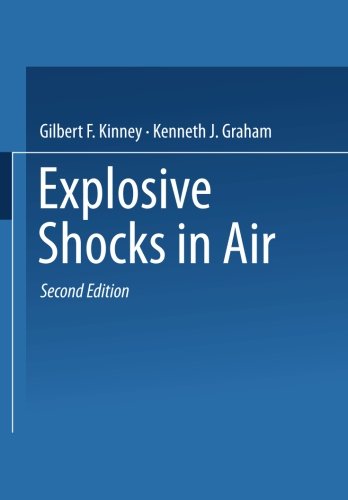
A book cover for Explosive Shocks in Air; Gilbert F. Kinney; Science & Math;